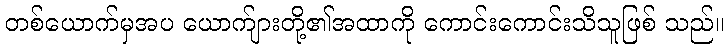
တစ်ယောက်မှအပ ယောက်ျားတို့၏အထာကို ကောင်းကောင်းသိသူဖြစ် သည်။